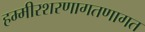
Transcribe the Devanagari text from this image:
हम्मीरशरणागतणागत